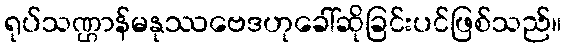
ရုပ်သဏ္ဌာန်မနုဿဗေဒဟုခေါ်ဆိုခြင်းပင်ဖြစ်သည်။